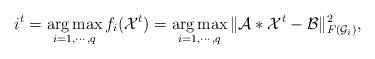
LaTeX: \begin{align*}i^{t}=\mathop{\arg\max}_{i=1,\cdots,q}f_{i}(\mathcal{X}^{t})=\mathop{\arg\max}_{i=1,\cdots,q}\|\mathcal{A}*\mathcal{X}^{t}-\mathcal{B}\|_{F(\mathcal{G}_{i})}^{2},\end{align*}